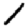
Digit: 1